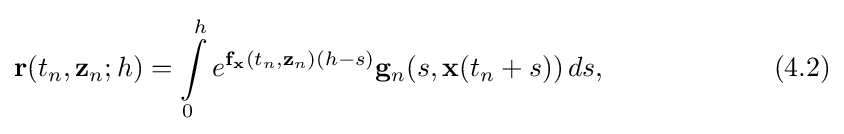
\mathbf {r} (t_{n},\mathbf {z} _{n};h)=\int \limits _{0}^{h}e^{\mathbf {f} _{\mathbf {x} }(t_{n},\mathbf {z} _{n})(h-s)}\mathbf {g} _{n}(s,\mathbf {x} (t_{n}+s))\,ds,\qquad \qquad \qquad (4.2)